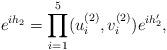
LaTeX: \begin{align*}e^{ih_2}=\prod_{i=1}^5 (u_i^{(2)},v_i^{(2)})e^{ih_2'},\end{align*}